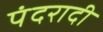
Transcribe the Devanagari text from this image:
पंदरादी